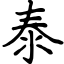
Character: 泰